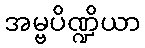
အမ္ဗပိဏ္ဍိယာ